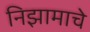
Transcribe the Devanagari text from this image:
निझामाचे